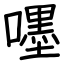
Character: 嚜